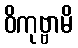
ဝိကုဗ္ဗာမိ